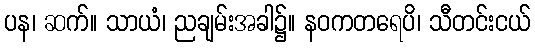
ပန၊ ဆက်။ သာယံ၊ ညချမ်းအခါ၌။ နဝကတရေပိ၊ သီတင်းငယ်